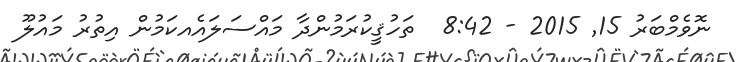
ނޮވެމްބަރު 15